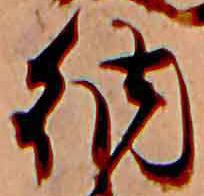
納